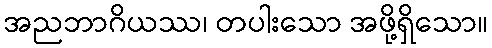
အညဘာဂိယဿ၊ တပါးသော အဖို့ရှိသော။